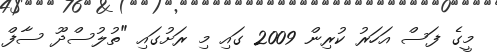
މީގެ ފަސް އަހަރު ކުރިން 2009 ގައި މި ރަށުގައި "ތުލުސްދޫ ސާފް